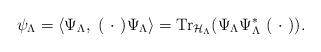
LaTeX: \begin{align*}\psi_{\Lambda} = \langle \Psi_{\Lambda} , \ ( \ \cdot \ )\Psi_{\Lambda}\rangle= \hbox{Tr}_{\mathcal{H}_{\Lambda}}(\Psi_{\Lambda}\Psi_{\Lambda}^* \ ( \ \cdot \ )).\end{align*}